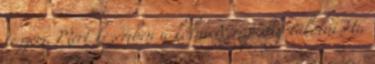
teszem, Mert kezemben a kölni Nem pedig tökölni Ha